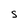
Character: S